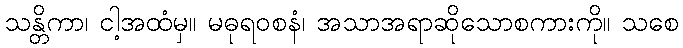
သန္တိကာ၊ ငါ့အထံမှ။ မဓုရဝစနံ၊ အသာအရာဆိုသောစကားကို။ သစေ